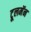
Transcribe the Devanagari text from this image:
टूलमॅन